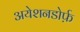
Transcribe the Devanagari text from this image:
अयेशनडोर्फ़